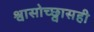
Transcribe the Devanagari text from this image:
श्वासोच्छ्वासही